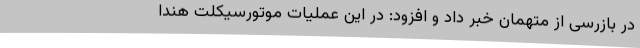
در بازرسی از متهمان خبر داد و افزود: در این عملیات موتورسیکلت هندا